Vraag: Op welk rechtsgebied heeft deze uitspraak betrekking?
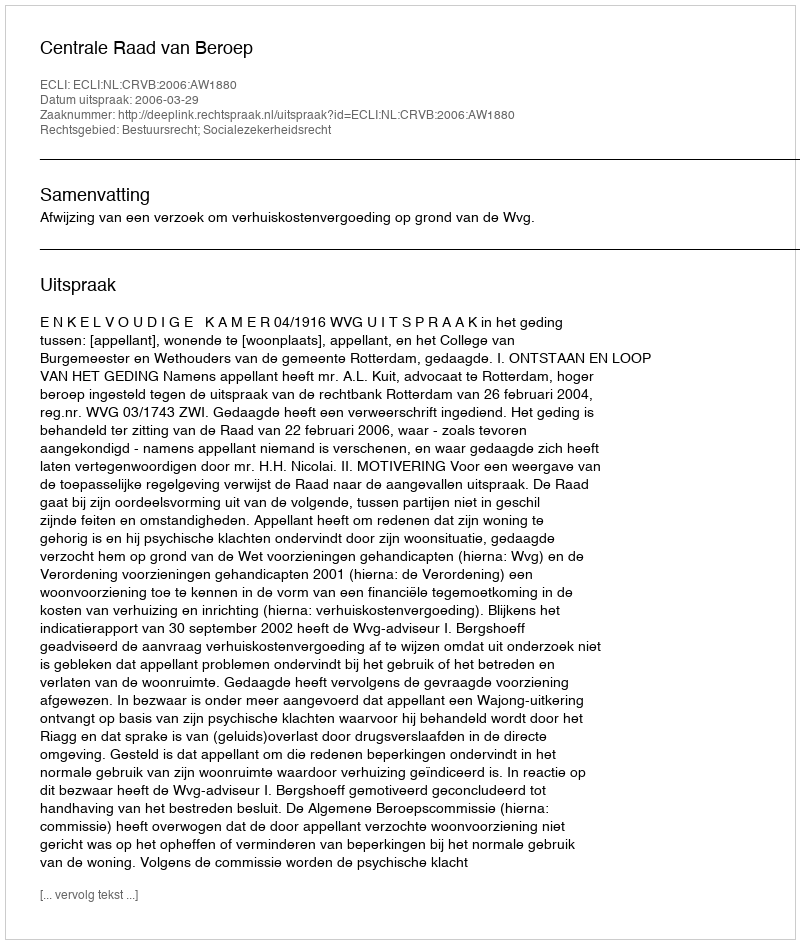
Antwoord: Bestuursrecht; Socialezekerheidsrecht